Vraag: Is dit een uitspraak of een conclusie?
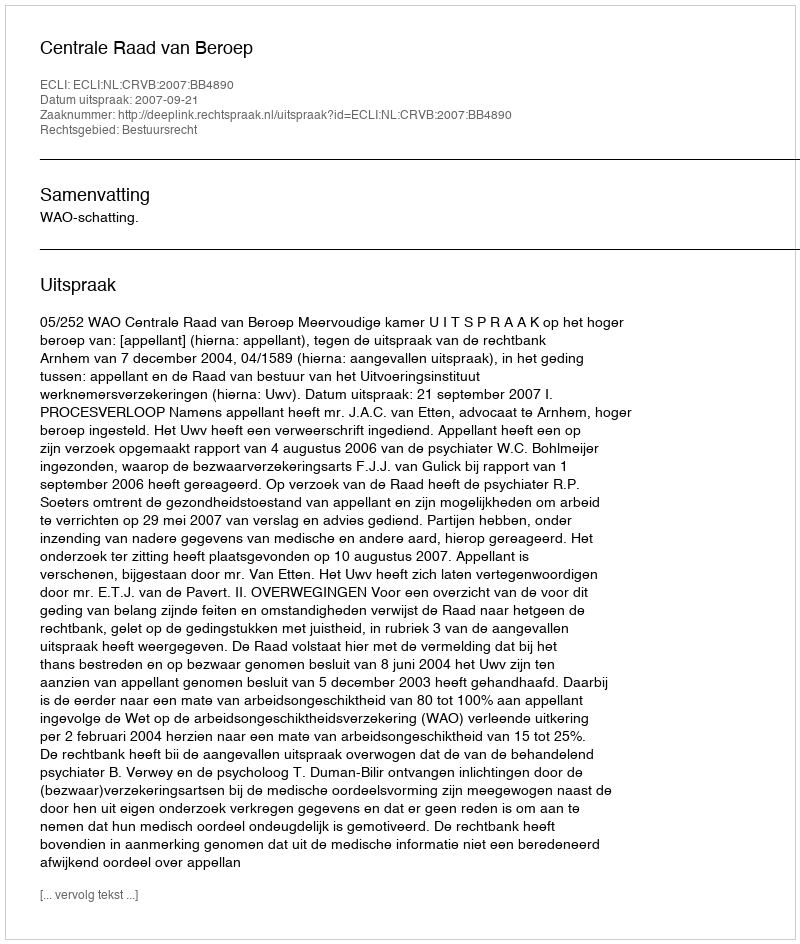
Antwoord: Uitspraak